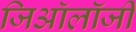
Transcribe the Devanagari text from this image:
जिऑलॉजी